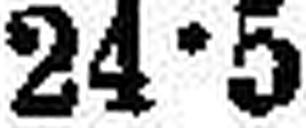
24•5